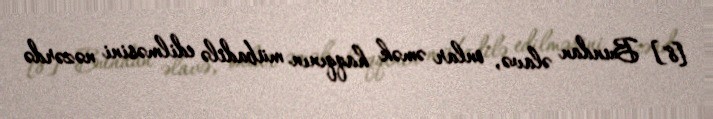
[8] Bundan əlavə, onlar əmək haqqının mübadilə edilməsini nəzərdə